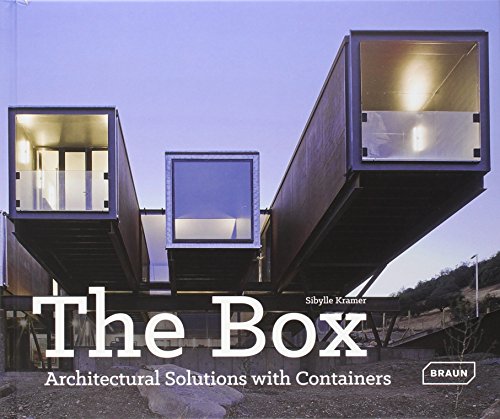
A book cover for The Box - Architectural Solutions with Containers; Sibylle Kramer; Arts & Photography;